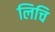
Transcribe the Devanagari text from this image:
लिचि